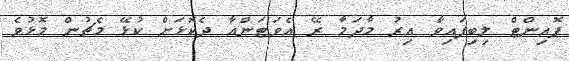
ޕޮއިންޓް ލިބިފައިވާ އިރު މާދަމާ ރޭ އެވަޓަންއާ ދެކޮޅަށް ކުޅޭ މެޗުން މޮޅުވެ